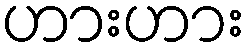
ဟားဟား